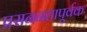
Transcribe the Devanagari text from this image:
प्रसननतापूर्वक